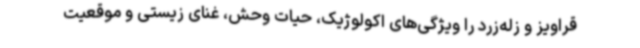
قراویز و زله‌زرد را ویژگی‌های اکولوژیک، حیات وحش، غنای زیستی و موقعیت